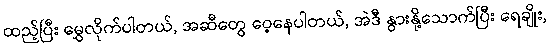
ထည့်ပြီး မွှေလိုက်ပါတယ်, အဆီတွေ ဝေ့နေပါတယ်, အဲဒီ နွားနို့သောက်ပြီး ရေချိုး,